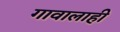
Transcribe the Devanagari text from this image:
गावालाही